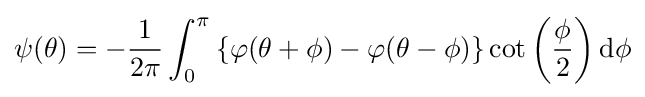
\psi (\theta )=-{\frac {1}{2\pi }}\int _{0}^{\pi }\left\{\varphi (\theta +\phi )-\varphi (\theta -\phi )\right\}\cot \left({\frac {\phi }{2}}\right)\mathrm {d} \phi